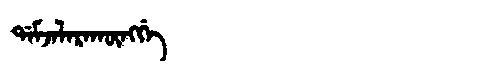
Manchu: ᡩᠠᠮᠵᠠᠯᠠᡵᠠᡴᡡᠩᡤᡝ
Romanization: DAMJALARAKŪNGGE